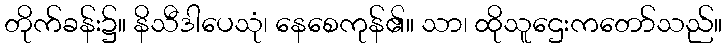
တိုက်ခန်း၌။ နိသီဒါပေသုံ၊ နေစေကုန်၏။ သာ၊ ထိုသူဌေးကတော်သည်။